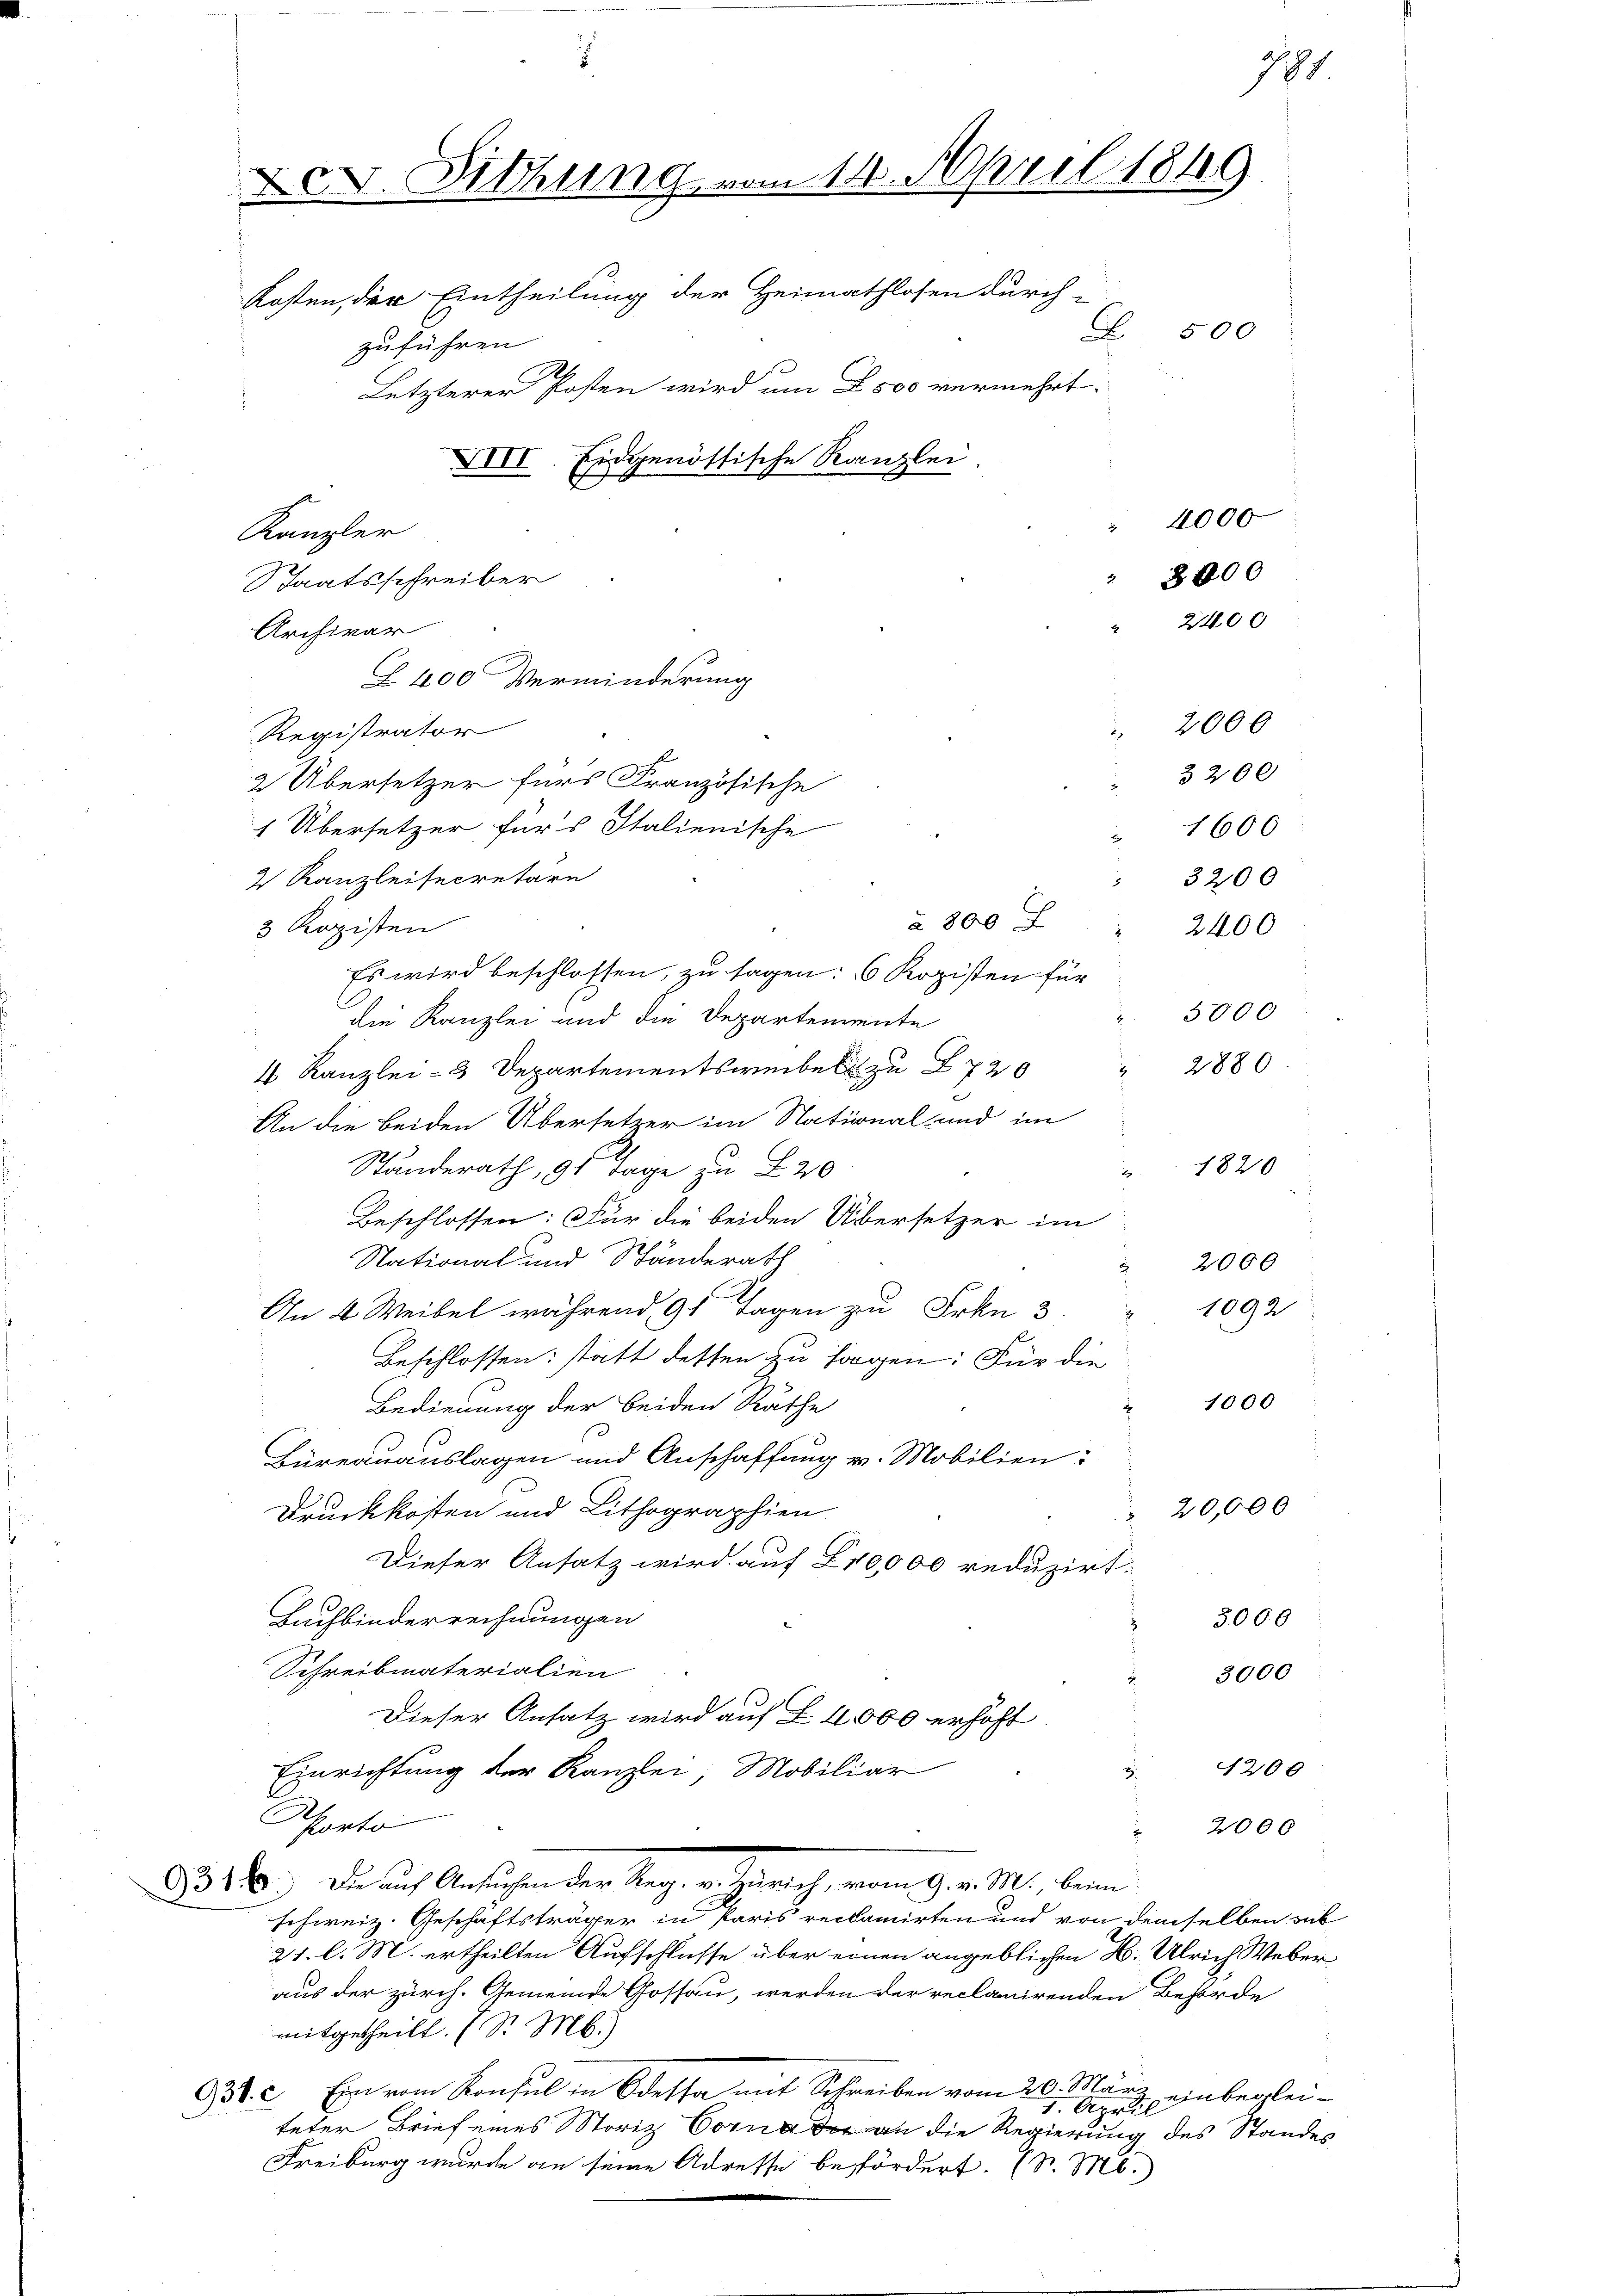
X.V. Sitzung vom 14. April 1849
Letzterer Posten wird um S. 500 vermehrt.
XVII. Eidgenöttische Kanzlei
4000
Kanzler
3000
Staatsschreiber
2400
Archivar
Z 400 Verminderung
 2000
Registrator

Kosten, der Eintheilung der Heimathlosen durch-
zuführen.

2 Übersetzer fürs Französische
1 Übersetzer für's Italienische
2 Kanzleisecretäre
à 800 F
3 Ropisten
Es wird beschlossen, zu sagen: 6 Kopisten für
die Kanzlei und die Departemente
4 Kanzlei- 2 Departementsweibel zu 720
An die beiden Übersetzer im National- und im
Ständerath, 91 Tage zu 20
Beschlossen: Für die beiden Übersetzer im
National und Ständerath
An 6 Weibel während 91 Tagen zu Frkn. 3.
Beschlossen: statt dessen zu sorgen: Für die
Bedienung der beiden Räthe
Büreauauslagen und Anschaffung v. Mobilien:
Druckkosten und Lithographien
Dieser Ansatz wird auf Z10,000 reduzirt.
Buchbinderrechnungen
Schreibmaterialien
Dieser Ansatz wird auf § 4000 erhöht
Einrichtung der Kanzlei, Mobiliar
2
Porto
23 240. Da auch Ansichen der Reg. v. Zürich, vom 9. v. M., bei
schweiz. Geschäftsträger in Paris reclamirten und von demselben sub
21. l. M. ertheilten Aufschlusse über einen angeblichen H. Ulrich Weber
aus der zürch. Gemeinde Gossau, werden der reclanirenden Behörde
mitgetheilt. (S. M.)
931. 2. Ein vom Konsul in Odessa mit Schreiben vom 20. März
4. April einbegleiteter Brief eines Moriz Corne an die Regierung des Standes
Freiburg wurde an seine Adresse befördert. (S. M.

S 500

3200
 1600
3200
5000
2880
2000
1092
1000
20,000
3000
3000

2400

1820

791

1200
2000